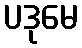
ပဒုမေ